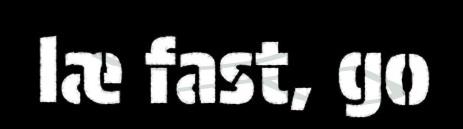
læ fast, go